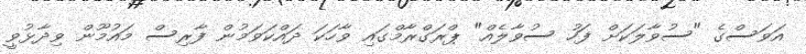
އަވަސްގެ "ސުވާލަކަށް ފަހު ސުވާލެއް" ޕްރަގްރާމްގައި ވާހަކަ ދައްކަވަމުން ފާރިސް މައުމޫން ވިދާޅުވީ